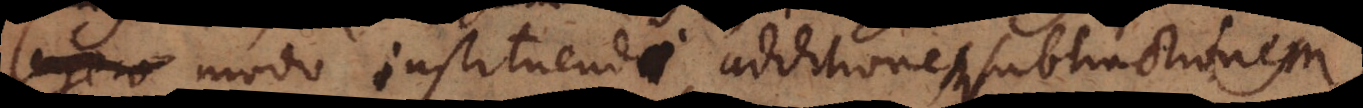
legere modo instituendi additionem, subtractionem